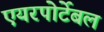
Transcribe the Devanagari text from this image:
एयरपोर्टेबल